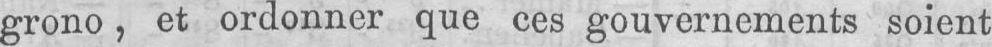
grono, et ordonner que ces gouvernements soient